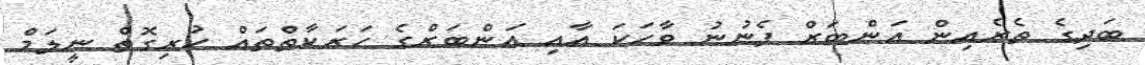
ބަދިގެ ތެރެއިން އަންބަރް ފެނުނު ވާހަކަ އާއި އަންބަރްގެ ހަރަކާތްތައް ހުރިގޮތް ނީލަމް